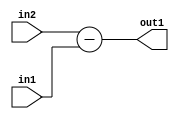
`timescale 1ps / 1ps
/*****************************************************************************
    Verilog RTL Description
    
    
    Created by: Stratus DpOpt 2019.1.01 
*******************************************************************************/

module st_weight_addr_gen_Sub_16Ux16U_17S_4_12 (
	in2,
	in1,
	out1
	); /* architecture "behavioural" */ 
input [15:0] in2,
	in1;
output [16:0] out1;
wire [16:0] asc001;

assign asc001 = 
	+(in2)
	-(in1);

assign out1 = asc001;
endmodule

/* CADENCE  ubDyQw8= : u9/ySgnWtBlWxVPRXgAZ4Og= ** DO NOT EDIT THIS LINE ******/